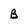
Character: B